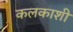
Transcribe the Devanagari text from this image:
कलकाशी